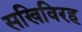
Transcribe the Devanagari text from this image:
सखिविरह